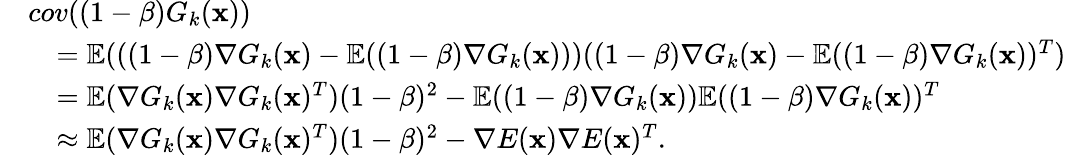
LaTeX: \begin{array}{rl}&{cov((1-\beta)G_{k}(\mathbf{x}))}\\ &{\quad={\mathbb{E}}(((1-\beta)\nabla G_{k}(\mathbf{x})-{\mathbb{E}}((1-\beta)\nabla G_{k}(\mathbf{x})))((1-\beta)\nabla G_{k}(\mathbf{x})-{\mathbb{E}}((1-\beta)\nabla G_{k}(\mathbf{x}))^{T})}\\ &{\quad={\mathbb{E}}(\nabla G_{k}(\mathbf{x})\nabla G_{k}(\mathbf{x})^{T})(1-\beta)^{2}-{\mathbb{E}}((1-\beta)\nabla G_{k}(\mathbf{x})){\mathbb{E}}((1-\beta)\nabla G_{k}(\mathbf{x}))^{T}}\\ &{\quad\approx{\mathbb{E}}(\nabla G_{k}(\mathbf{x})\nabla G_{k}(\mathbf{x})^{T})(1-\beta)^{2}-\nabla E(\mathbf{x})\nabla E(\mathbf{x})^{T}.}\end{array}